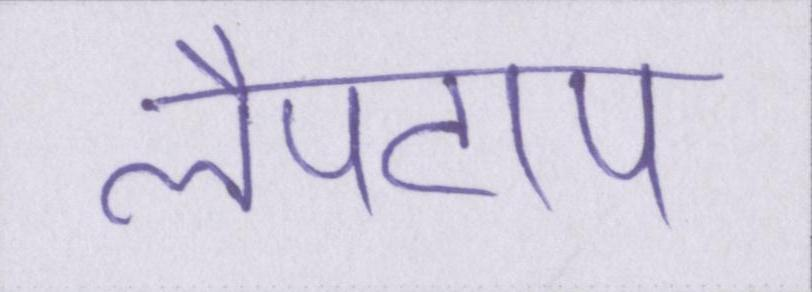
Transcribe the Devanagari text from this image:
लैपटाप